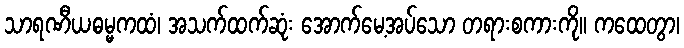
သာရဏီယဓမ္မကထံ၊ အသက်ထက်ဆုံး အောက်မေ့အပ်သော တရားစကားကို။ ကထေတွာ၊